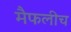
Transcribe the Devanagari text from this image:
मैफलीच